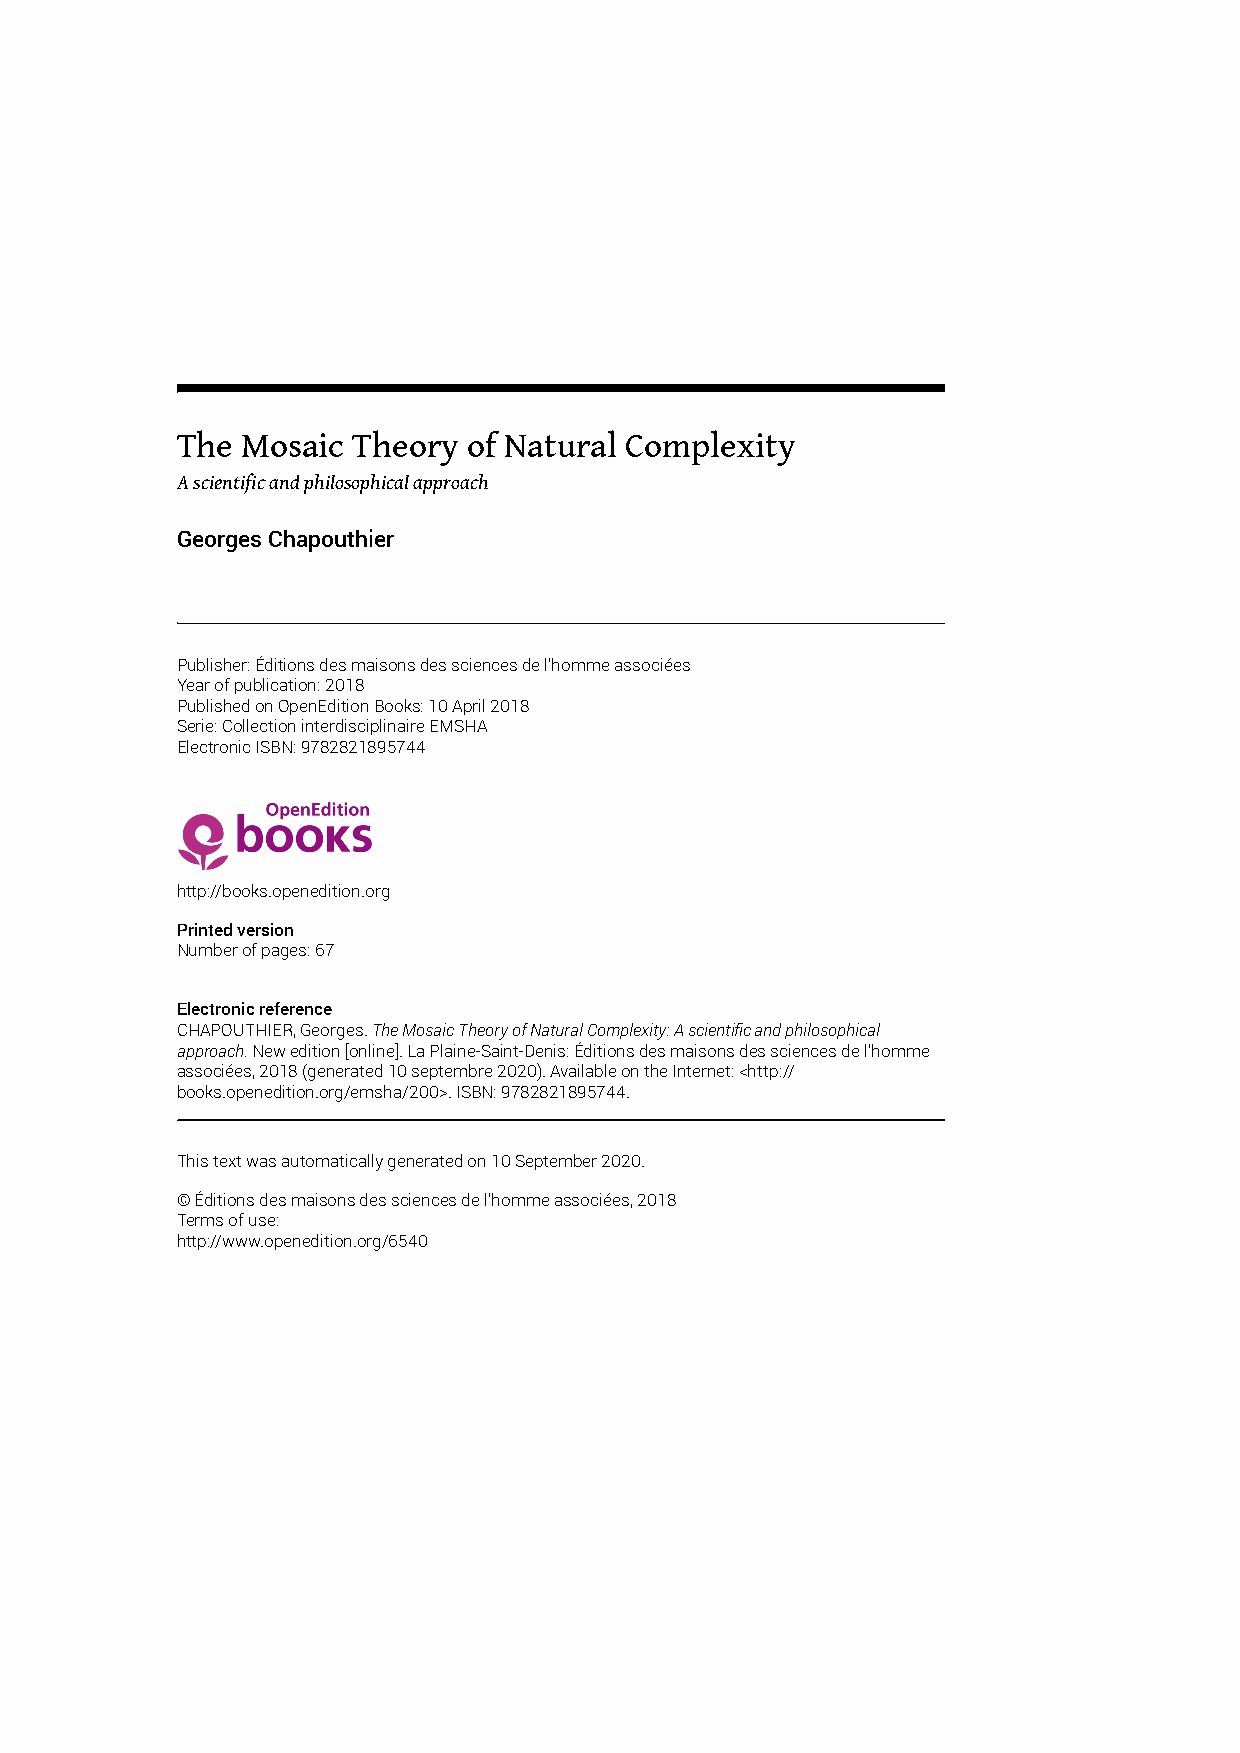
The Mosaic Theory  of Natural Complexity
 A scientific and philosophical approach
 Georges Chapouthier
 Publisher: Éditions des maisons des sciences de l’homme associées
 Year of publication: 2018
 Published on OpenEdition Books: 10 April 2018
 Serie: Collection interdisciplinaire EMSHA
 Electronic ISBN: 9782821895744
 http://books.openedition.org
 Printed version
 Number of pages: 67
 Electronic reference
 CHAPOUTHIER, Georges. The Mosaic Theory of Natural Complexity: A scientific and philosophical
 approach. New edition [online]. La Plaine-Saint-Denis: Éditions des maisons des sciences de l’homme
 associées, 2018 (generated 10 septembre 2020). Available on the Internet: <http://
 books.openedition.org/emsha/200>. ISBN: 9782821895744.
 This text was automatically generated on 10 September 2020.
 © Éditions des maisons des sciences de l’homme associées, 2018
 Terms of use:
 http://www.openedition.org/6540